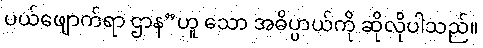
ပယ်ဖျောက်ရာ ဌာန”ဟူ သော အဓိပ္ပာယ်ကို ဆိုလိုပါသည်။